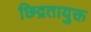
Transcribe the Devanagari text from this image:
छिद्रतायुक्त